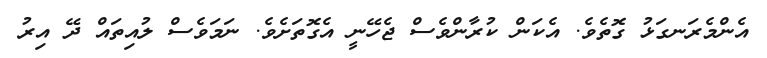
އެންމެރަނގަޅު ގޮތެވެ. އެކަން ކުރާންވެސް ޖެހޭނީ އެގޮތަށެވެ. ނަމަވެސް ލުއިތައް ދޭ އިރު